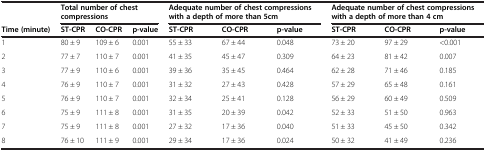
|  | <COLSPAN=3> Total number of chest compressions | <COLSPAN=3> Adequate number of chest compressions with a depth of more than 5cm | <COLSPAN=3> Adequate number of chest compressions with a depth of more than 4 cm |
 | Time (minute) | ST-CPR | CO-CPR | p-value | ST-CPR | CO-CPR | p-value | ST-CPR | CO-CPR | p-value |
 | --- | --- | --- | --- | --- | --- | --- | --- | --- | --- |
 | 1 | 80 ± 9 | 109 ± 6 | 0.001 | 55 ± 33 | 67 ± 44 | 0.048 | 73 ± 20 | 97 ± 29 | <0.001 |
 | 2 | 77 ± 7 | 110 ± 7 | 0.001 | 41 ± 35 | 45 ± 47 | 0.309 | 64 ± 23 | 81 ± 42 | 0.007 |
 | 3 | 77 ± 9 | 110 ± 6 | 0.001 | 39 ± 36 | 35 ± 45 | 0.464 | 62 ± 28 | 71 ± 46 | 0.185 |
 | 4 | 76 ± 9 | 110 ± 7 | 0.001 | 31 ± 32 | 27 ± 43 | 0.428 | 57 ± 29 | 65 ± 48 | 0.161 |
 | 5 | 76 ± 9 | 110 ± 7 | 0.001 | 32 ± 34 | 25 ± 41 | 0.128 | 56 ± 29 | 60 ± 49 | 0.509 |
 | 6 | 75 ± 9 | 111 ± 8 | 0.001 | 31 ± 35 | 20 ± 39 | 0.042 | 52 ± 33 | 51 ± 50 | 0.963 |
 | 7 | 75 ± 9 | 111 ± 8 | 0.001 | 27 ± 32 | 17 ± 36 | 0.040 | 51 ± 33 | 45 ± 50 | 0.342 |
 | 8 | 76 ± 10 | 111 ± 9 | 0.001 | 29 ± 34 | 17 ± 36 | 0.024 | 50 ± 32 | 41 ± 49 | 0.236 |